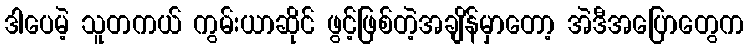
ဒါပေမဲ့ သူတကယ် ကွမ်းယာဆိုင် ဖွင့်ဖြစ်တဲ့အချိန်မှာတော့ အဲဒီအပြောတွေက